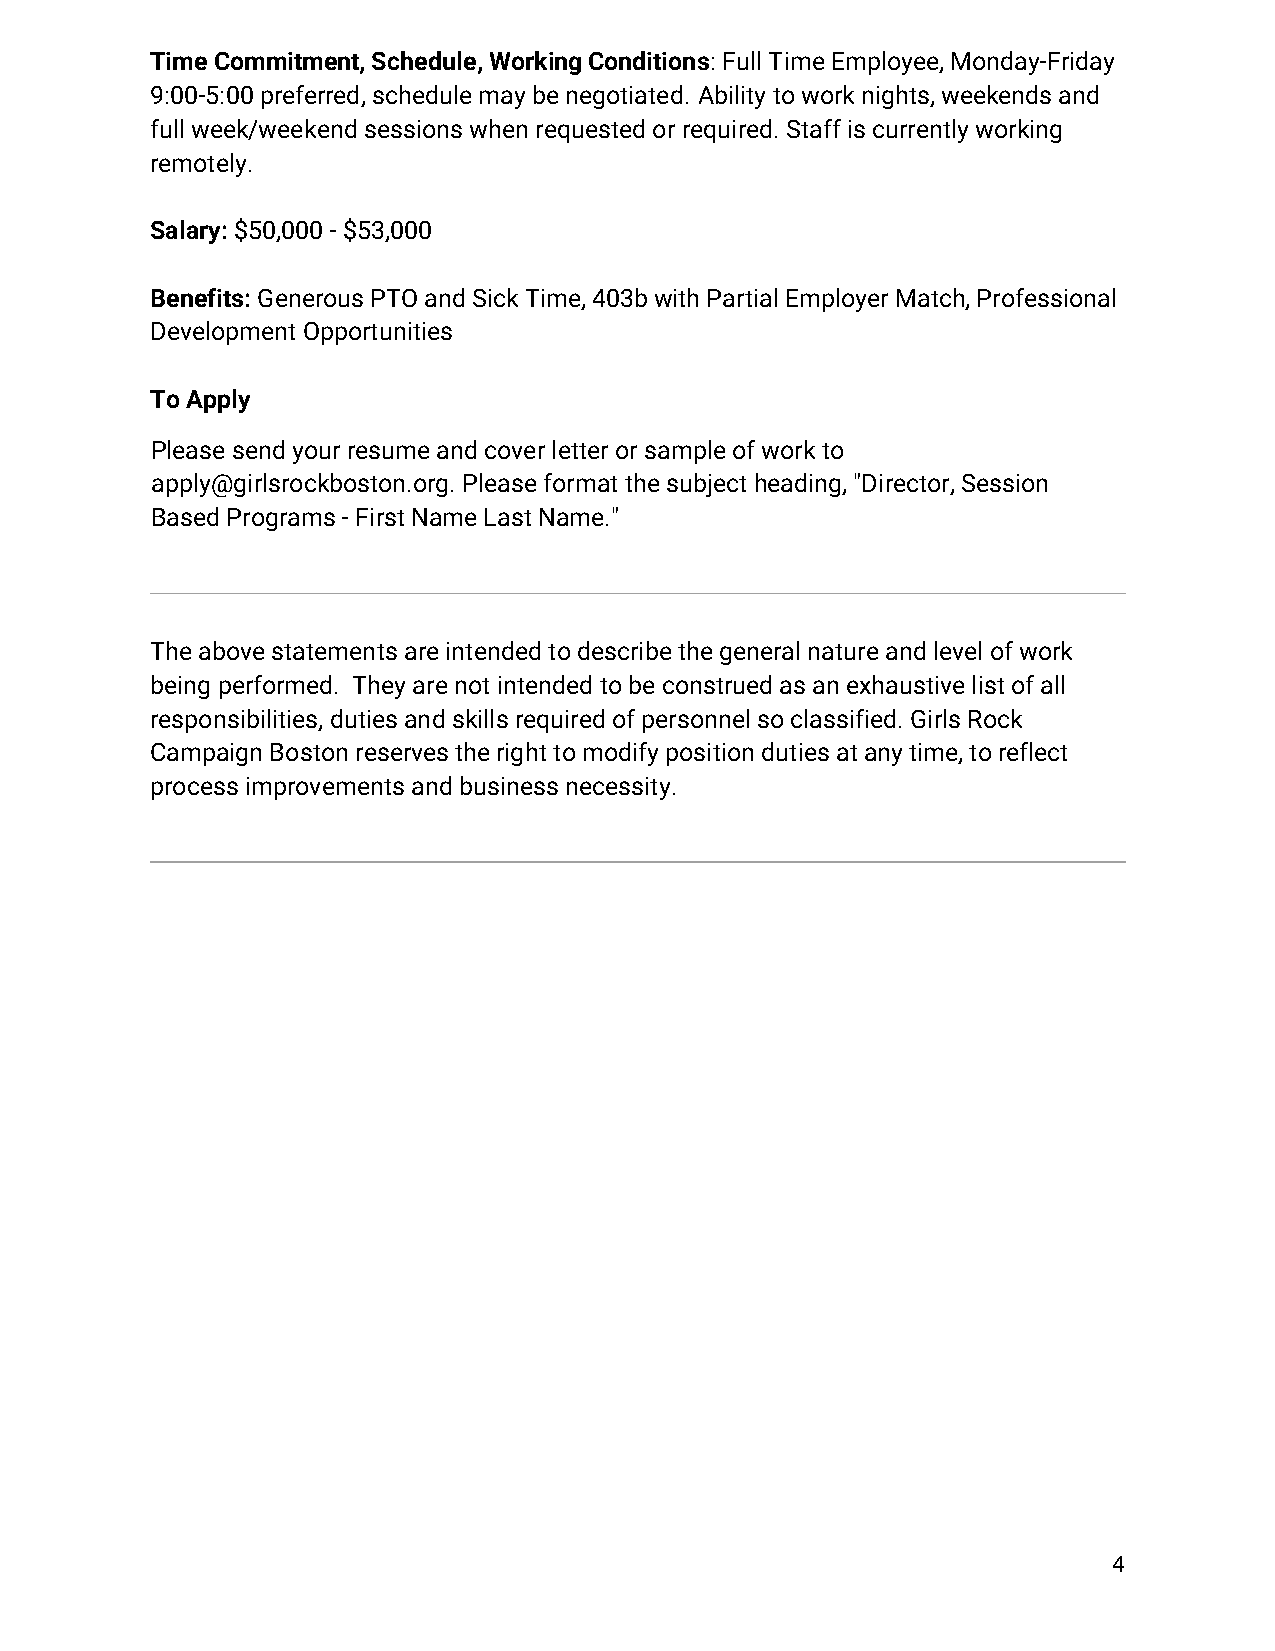
Time Commitment, Schedule, Working Conditions: Full Time Employee, Monday-Friday
 9:00-5:00 preferred, schedule may be negotiated. Ability to work nights, weekends and
 full week/weekend sessions when requested or required. Staff is currently working
 remotely.
 Salary: $50,000 - $53,000
 Benefits: Generous PTO and Sick Time, 403b with Partial Employer Match, Professional
 Development Opportunities
 To Apply
 Please send your resume and cover letter or sample of work to
 apply@girlsrockboston.org. Please format the subject heading, "Director, Session
 Based Programs - First Name Last Name."
 The above statements are intended to describe the general nature and level of work
 being performed. They are not intended to be construed as an exhaustive list of all
 responsibilities, duties and skills required of personnel so classified. Girls Rock
 Campaign Boston reserves the right to modify position duties at any time, to reflect
 process improvements and business necessity.
 4